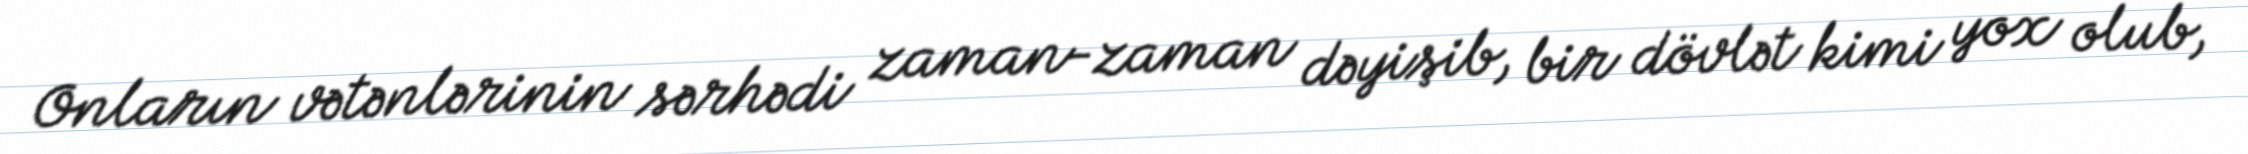
Onların vətənlərinin sərhədi zaman-zaman dəyişib, bir dövlət kimi yox olub,